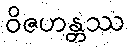
ဝိဇဟန္တဿ